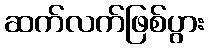
ဆက်လက်ဖြစ်ပွား